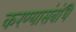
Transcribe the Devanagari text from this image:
करण्यासंबंधि